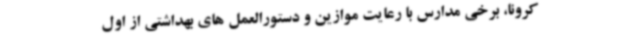
کرونا، برخی مدارس با رعایت موازین و دستورالعمل های بهداشتی از اول